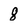
Character: 8